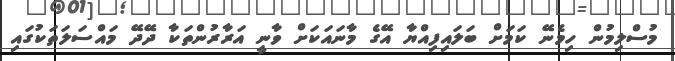
މުސްލިމުން ހިމެނޭ ކަމަށް ބަލައިފިއްޔާ އޭގެ މާނައަކަށް ވާނީ އަރާރުންތަކާ ދޭދޭ މައްސަލަތަކުގައި